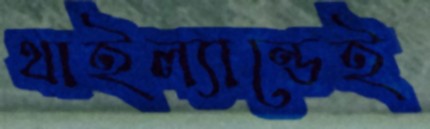
থাইল্যান্ডেই